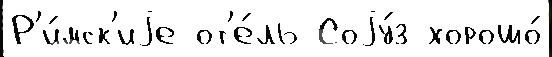
Р'и́мск'иjе от'е́ль Соjу́з хорошо́